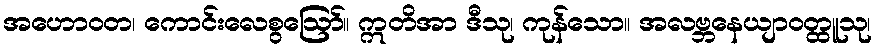
အဟောဝတ၊ ကောင်းလေစွဩော်။ ဣတိအာ ဒီသု၊ ကုန်သော။ အလဗ္ဘနေယျာဝတ္ထူသု၊